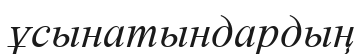
ұсынатындардың